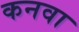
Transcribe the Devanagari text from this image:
कनवा